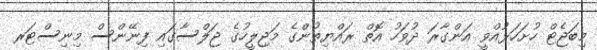
މިބަޖެޓް ހުށަހަޅުއްވީ އަންގާރަ ދުވަހު އޮތް ރައްޔިތުންގެ މަޖިލީހުގެ ޖަލްސާގައި ފިނޭންސް މިނިސްޓަރ